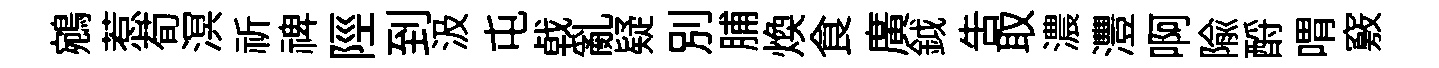
鵷惹荀溟祈禆陘到汲屯㦸亂疑别脯煥食廣鉞吿取濃灃啊隃酹喟竅